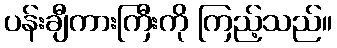
ပန်းချီကားကြီးကို ကြည့်သည်။